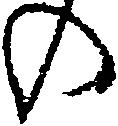
の